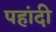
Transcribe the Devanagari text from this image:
पहांदी